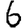
Digit: 6